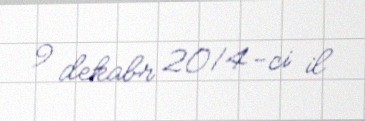
9 dekabr 2014-ci il